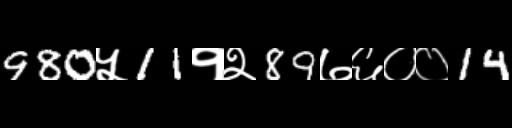
Text: 980५11१२89७६००14